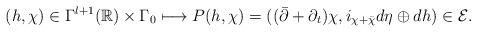
\begin{align*} (h,\chi)\in\Gamma^{l+1}(\mathbb R)\times \Gamma_0\longmapsto P(h,\chi)=((\bar\partial +\partial_t)\chi,i_{\chi+\bar\chi}d\eta\oplus dh)\in\mathcal E.\end{align*}